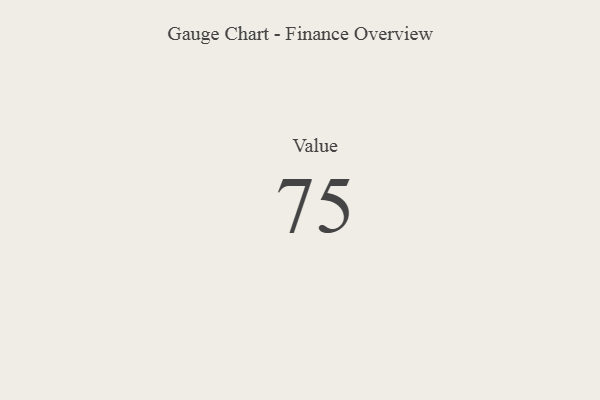
{"axis": {"x": "Metric", "y": "Value"}, "legend": [""], "data": [{"x": "Value", "y": 75, "type": ""}]}